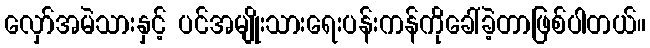
လှော်အမဲသားနှင့် ပင်အမျိုးသားရေးပန်းကန်ကိုခေါ်ခဲ့တာဖြစ်ပါတယ်။